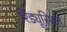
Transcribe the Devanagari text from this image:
रिड्यूसिबल